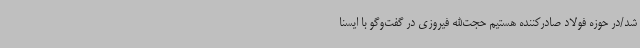
شد/در حوزه فولاد صادرکننده هستیم حجت‌الله فیروزی در گفت‌وگو با ایسنا